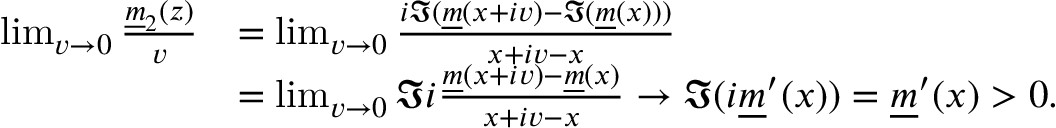
\begin{array} { r l } { \operatorname* { l i m } _ { v \to 0 } \frac { { \underline { m } } _ { 2 } ( z ) } { v } } & { = \operatorname* { l i m } _ { v \to 0 } \frac { i \Im ( { \underline { m } } ( x + i v ) - \Im ( { \underline { m } } ( x ) ) ) } { x + i v - x } } \\ & { = \operatorname* { l i m } _ { v \to 0 } \Im i \frac { { \underline { m } } ( x + i v ) - { \underline { m } } ( x ) } { x + i v - x } \to \Im ( i { \underline { m } } ^ { \prime } ( x ) ) = { \underline { m } } ^ { \prime } ( x ) > 0 . } \end{array}